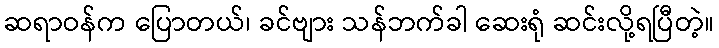
ဆရာဝန်က ပြောတယ်၊ ခင်ဗျား သန်ဘက်ခါ ဆေးရုံ ဆင်းလို့ရပြီတဲ့။